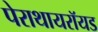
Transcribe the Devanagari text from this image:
पेराथायरॉयड